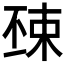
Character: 𣓺